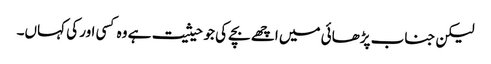
لیکن جناب پڑھائی میں اچھے بچے کی جو حیثیت ہے وہ کسی اور کی کہاں۔